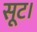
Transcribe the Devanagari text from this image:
सूट।